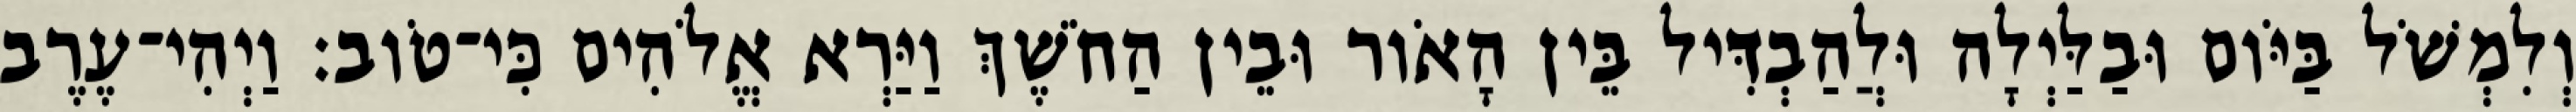
וְלִמְשֹׁל בַּיֹּום וּבַלַּיְלָה וּלֲהַבְדִּיל בֵּין הָאֹור וּבֵין הַחֹשֶׁךְ וַיַּרְא אֱלֹהִים כִּי־טֹוב׃ וַיְהִי־עֶרֶב